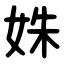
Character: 姝